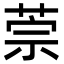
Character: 萗